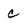
Character: c